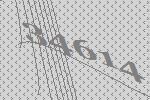
34614